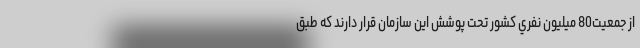
از جمعیت80 ميليون نفري کشور تحت پوشش اين سازمان قرار دارند که طبق